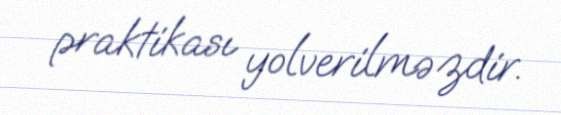
praktikası yolverilməzdir.